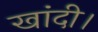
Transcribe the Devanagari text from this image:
खांदी।